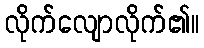
လိုက်လျောလိုက်၏။